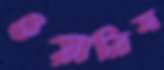
ওয়ারিস